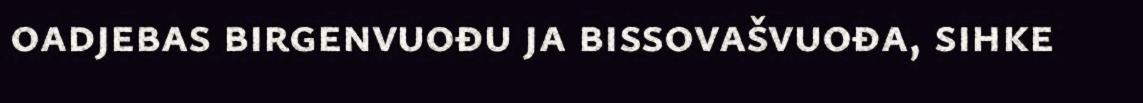
oadjebas birgenvuođu ja bissovašvuođa, sihke